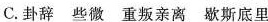
C.卦辞 些微 重叛亲离 歇斯底里